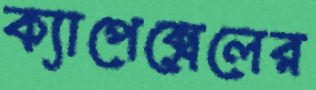
ক্যাপেক্সেলের